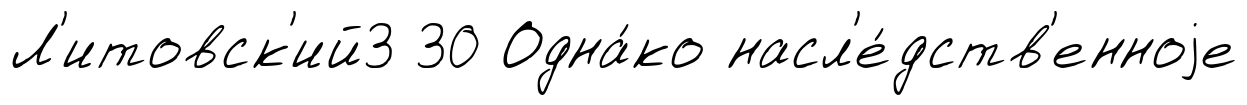
Л'итовск'ий3 30 Одна́ко насл'е́дств'енноjе